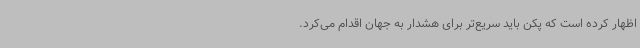
اظهار کرده است که پکن باید سریع‌تر برای هشدار به جهان اقدام می‌کرد.